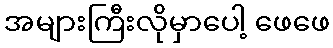
အများကြီးလိုမှာပေါ့ ဖေဖေ